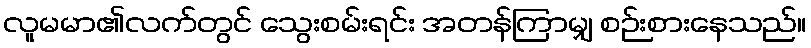
လူမမာ၏လက်တွင် သွေးစမ်းရင်း အတန်ကြာမျှ စဉ်းစားနေသည်။